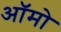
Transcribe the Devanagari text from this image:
ऑमो